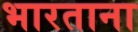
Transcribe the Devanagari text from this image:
भारताना